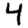
Digit: 4